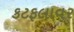
કટફલાવર